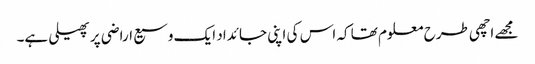
مجھے اچھی طرح معلوم تھا کہ اس کی اپنی جائداد ایک وسیع اراضی پر پھیلی ہے۔